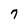
Character: 7